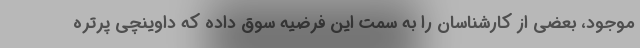
موجود، بعضی از کارشناسان را به سمت این فرضیه سوق داده که داوینچی پرتره